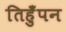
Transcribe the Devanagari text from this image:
तिहुँपन